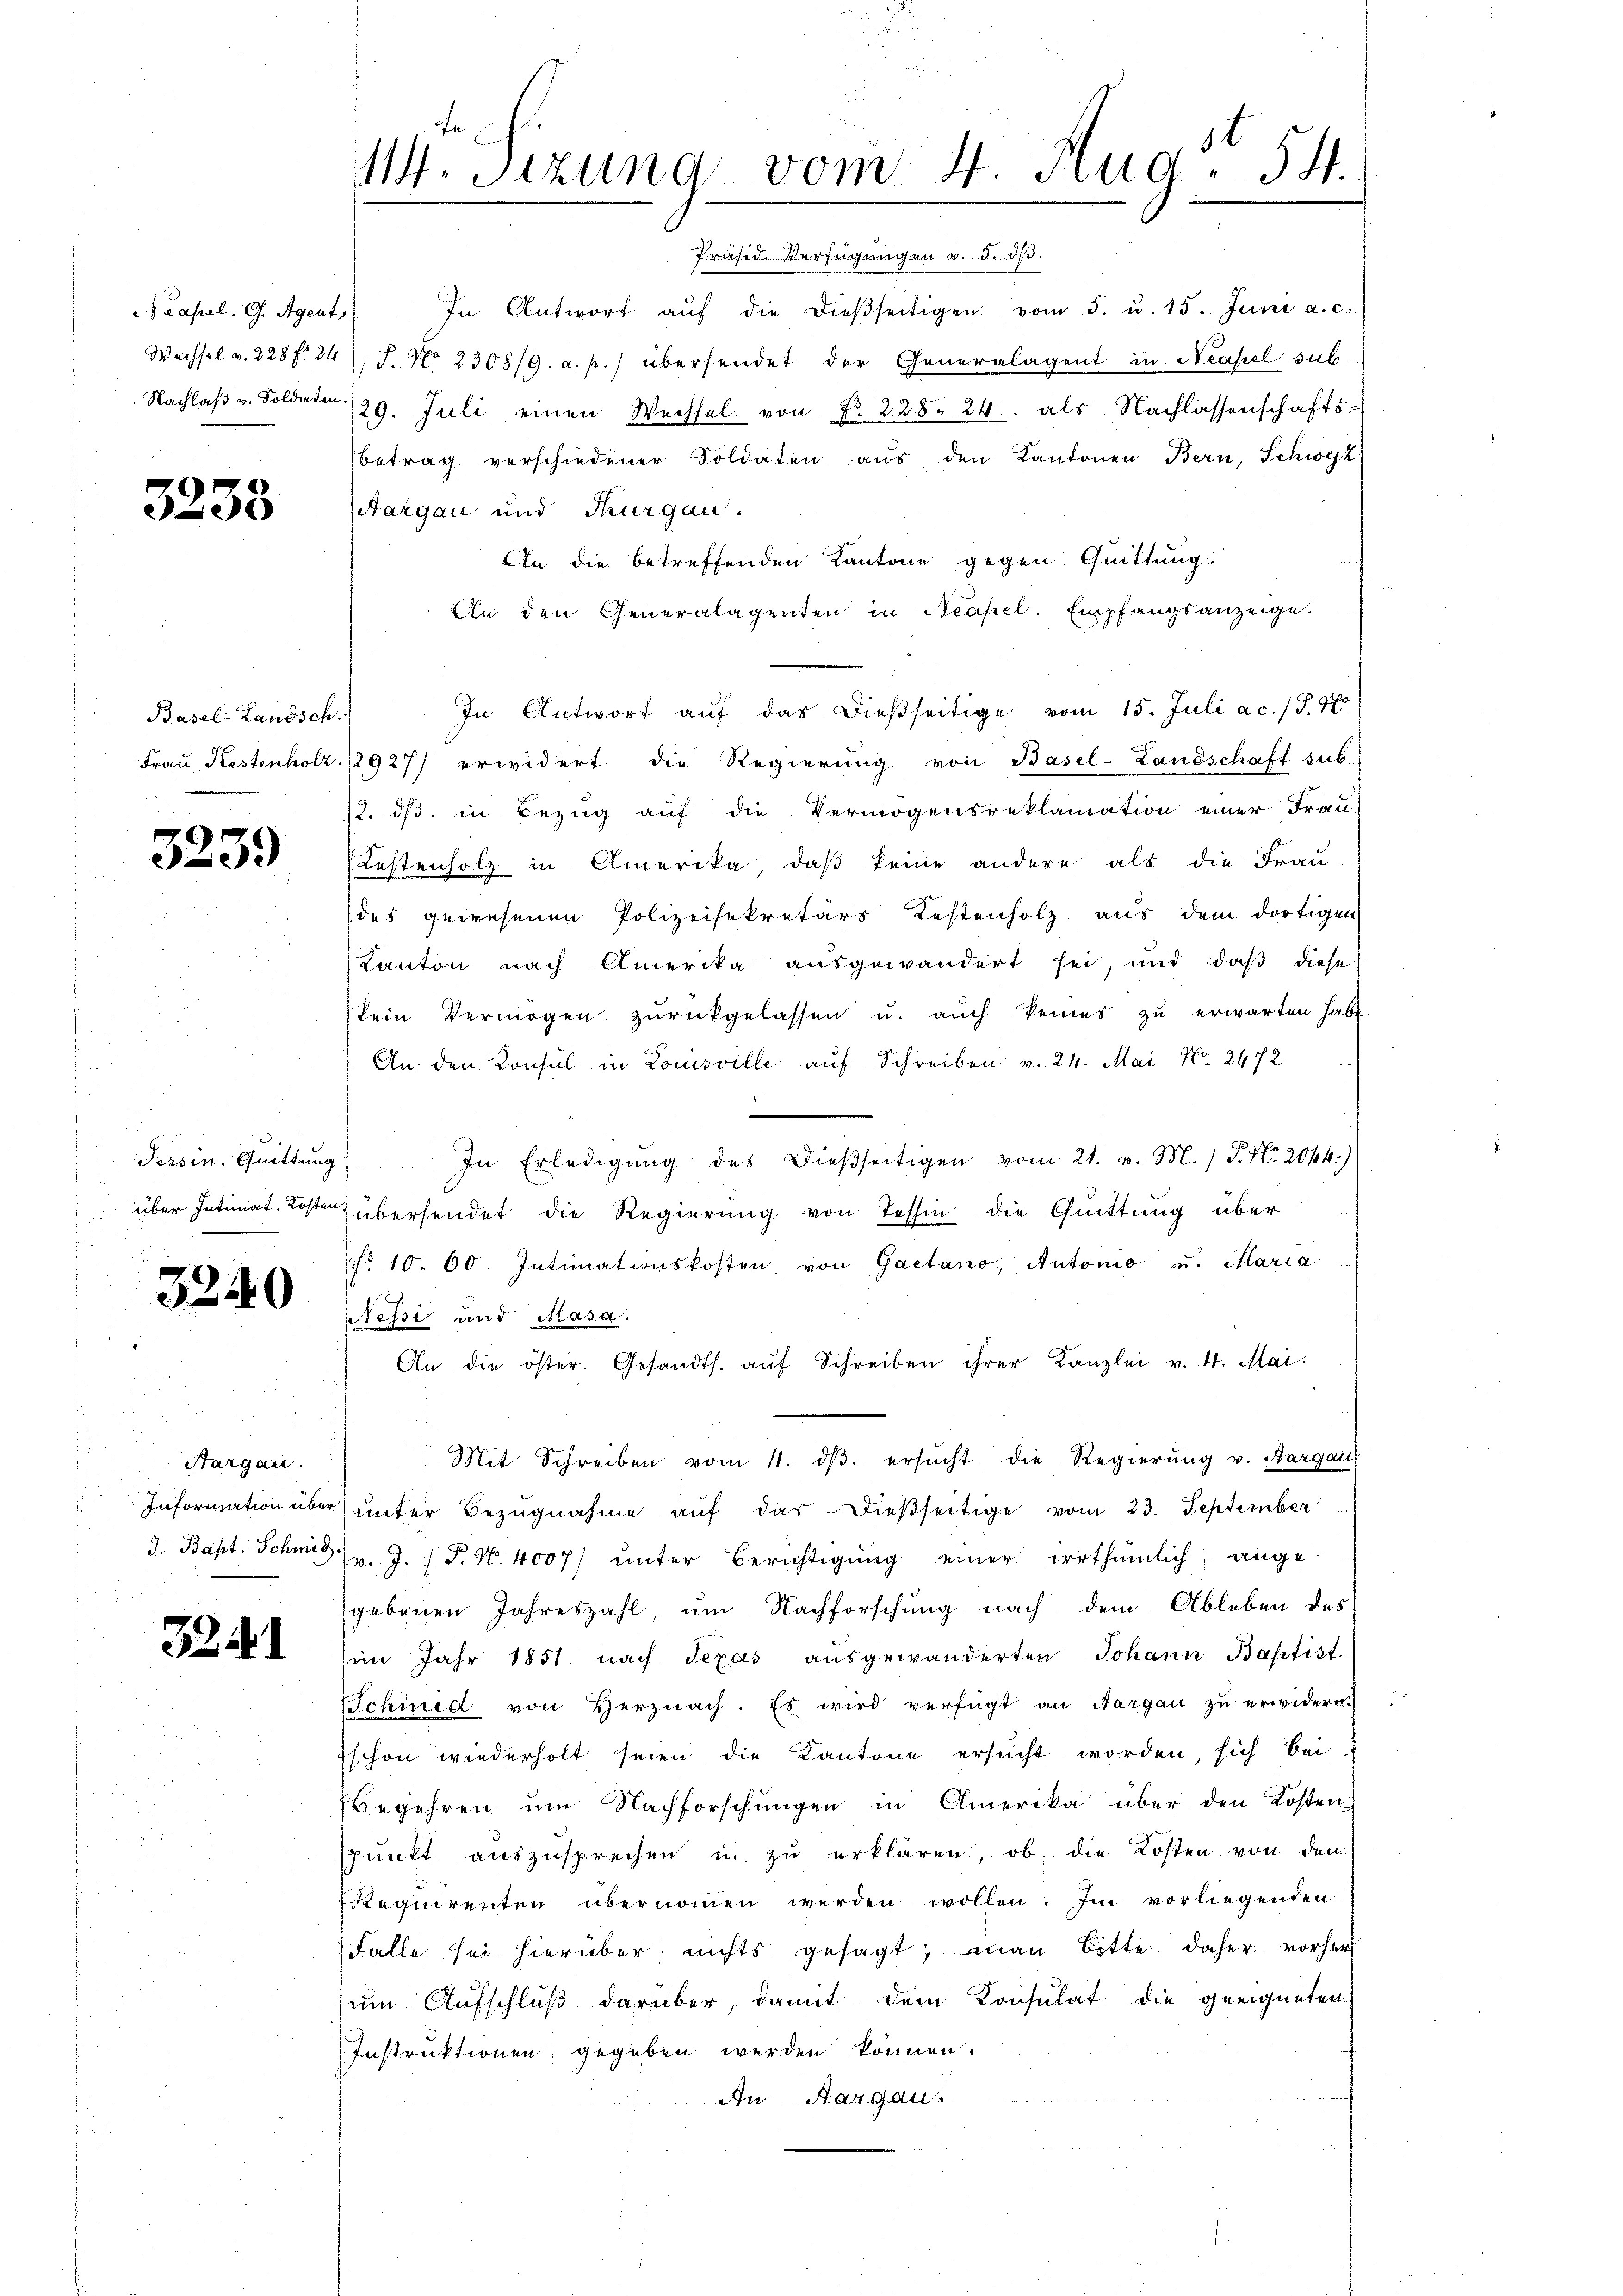
Kasal. G. Agent,

3238

Basel-Landsch

3239

i
Tessin. Quittung

3240

Hargau.

32

12
114. Sizung vom 4. Aug. 54.

Präsid. Verfügungen v. d. Js.
In Antwort aŭf die dieβseitigen vom 5. u. 15. Juni a. c.
Wechsel v. 228 f. 24 J. J. No 2308/9. a. p.) übersendet der Generalagent in Neapel sub-
Nachlaβ u. Soldaten 129. Juli einen Wechsel von Fr. 228. 24. als Nachlassenschafts-
betrag verschiedener Soldaten aus den Kantonen Bern, Schwyz
targau und Thurgau.
An die betreffenden Kantone gegen Quittung
An den Generalagenten in Neapel. Empfangsanzeige.
In Antwort aŭf das dießseitige vom 15. Juli a.c. (T. 47
Frau Kestenholz. 12927) erwidert die Regierung von Basel-Landschaft sub.
/. dß in Bezug auf die Vermögensreklamation einer Frau
Lestenholz in Amerika, daß keine andere als die Frau-
des gewesenen Polizeisekretärs Kostenholz aus dem dortigen
Kanton nach Amerika ausgewandert sei, und daß diese
kein Vermögen zŭrückgelassen u. aŭch keines zŭ erwarten habe.
An den Konsul in Louisville auf Schreiben v. 24. Mai Nr. 2472
e
In Erledigŭng des dießseitigen vom 21. v. M. / P. Nr. 2044.)
über Intimat Kosten übersendet die Regierung von Tessin die Quittung über
 10. 60. Intimationskosten von Gaetano, Automo u. Maria
Nessi und Masa.
An die öster. Gesandts. aŭf Schreiben ihrer Kanzlei v. 4. Mai.
Mit Schreiben vom 4. dβ. ersŭcht die Regierung v. Aargau
Information über unter Bezugnahme aŭf das dießseitige vom 23. September
J. Bapt. Schmid. J. J. P. N. 4007) unter Berichtigung einer irrthümlich, ange-
gebenen Jahreszahl, um Nachforschung nach dem Ableben des
im Jahr 1851 nach Texas aŭsgewänderten Johann Baptist.
Schmid von Herznach. Es wird verfügt an Aargau zu erwidern.
Eschon wiederholt seien die Kantone ersucht worden, sich bei
Begehren um Nachforschungen in Amerika über den Kosten
spŭnkt auszusprechen u. zŭ erklären, ob die Kosten von den
Requirenten übernommen werden wollen. Im vorliegenden
Falle sei hierüber nichts gesagt; man bitte daher vorher
zum Aufschluß darüber, damit dem Konsulat die geeigneten
Instruktionen gegeben werden können.
An Aargau